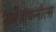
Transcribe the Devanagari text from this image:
नार्वेजीयन्नील्स